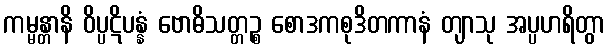
ကမ္မန္တာနိ ဝိပ္ပဋိပန္နံ ဗောဓိသတ္တဉ္စ စောဒကစုဒိတကာနံ တျာသု အပ္ပဟရိတွာ